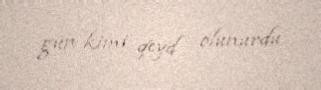
gün kimi qeyd olunurdu.